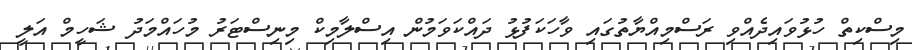
މިސްކިތް ހުޅުވައިދެއްވި ރަސްމިއްޔާތުގައި ވާހަކަފުޅު ދައްކަވަމުން އިސްލާމިކް މިނިސްޓަރު މުހައްމަދު ޝަހީމް އަލީ